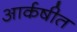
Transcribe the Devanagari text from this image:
आर्कषीत